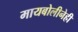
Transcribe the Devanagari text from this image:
मायबोलीनेही